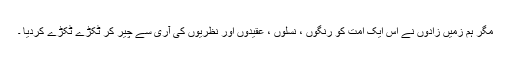
مگر ہم زمیں زادوں نے اُس ایک اُمت کو رنگوں ، نسلوں ، عقیدوں اور نظریوں کی آری سے چیر کر ٹُکڑے ٹُکڑے کردیا ۔